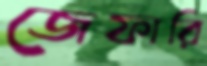
জেফারি